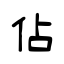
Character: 佔